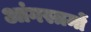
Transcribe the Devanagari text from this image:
आंगस्त्रमों